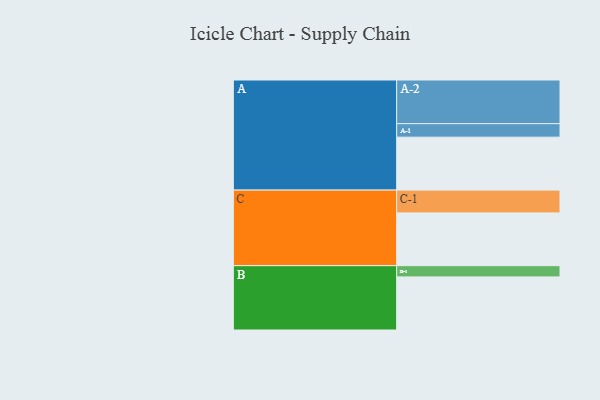
{"axis": {"x": "Segment", "y": "Value"}, "legend": ["", "A", "B", "C"], "data": [{"x": "A", "y": 325, "type": ""}, {"x": "B", "y": 326, "type": ""}, {"x": "C", "y": 324, "type": ""}, {"x": "A-1", "y": 83, "type": "A"}, {"x": "A-2", "y": 268, "type": "A"}, {"x": "B-1", "y": 69, "type": "B"}, {"x": "C-1", "y": 140, "type": "C"}]}